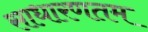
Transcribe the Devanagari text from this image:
साधारणतम